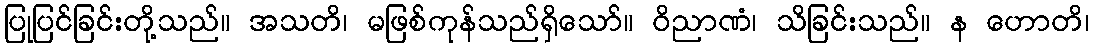
ပြုပြင်ခြင်းတို့သည်။ အသတိ၊ မဖြစ်ကုန်သည်ရှိသော်။ ဝိညာဏံ၊ သိခြင်းသည်။ န ဟောတိ၊